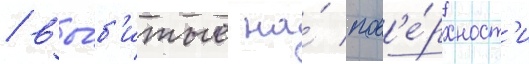
/ вы́б'итые на́ пов'е́рхност'и